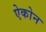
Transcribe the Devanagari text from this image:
ऐकोन